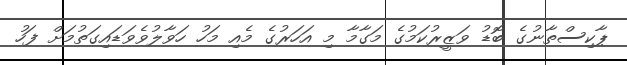
ޕާކިސްތާނުގެ ބޮޑު ވަޒީރުކަމުގެ މަގާމާ މި އަހަރުގެ މެއި މަހު ހަވާލުވެވަޑައިގަތުމަށް ފަހު